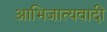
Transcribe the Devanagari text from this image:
आभिजात्यवादी